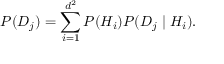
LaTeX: P ( D _ { j } ) = \sum _ { i = 1 } ^ { d ^ { 2 } } P ( H _ { i } ) P ( D _ { j } \mid H _ { i } ) .